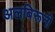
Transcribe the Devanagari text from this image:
अलबिरूनी